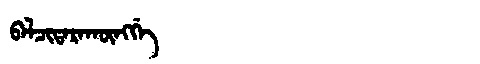
Manchu: ᠪᠠᠯᠴᡳᡨᠠᡵᠠᡴᡡᠩᡤᡝ
Romanization: BALCITARAKŪNGGE